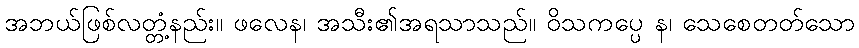
အဘယ်ဖြစ်လတ္တံ့နည်း။ ဖလေန၊ အသီး၏အရသာသည်။ ဝိသကပ္ပေ န၊ သေစေတတ်သော